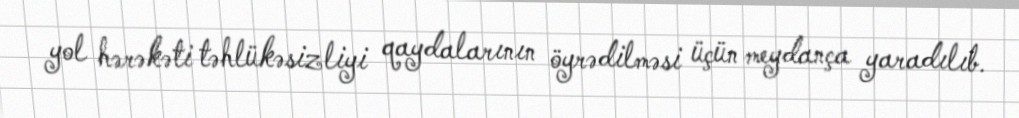
yol hərəkəti təhlükəsizliyi qaydalarının öyrədilməsi üçün meydança yaradılıb.